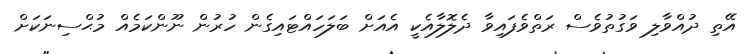
އޭތި ދުއްވާލި ވަގުތުވެސް ރަތްވެފައިވާ ދެލޮލާއެކީ އެއަށް ބަލަހައްޓައިގެން ހުރުން ނޫންކަމެއް މުޙްސިނަކަށް